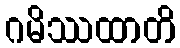
ဂမိဿထာတိ